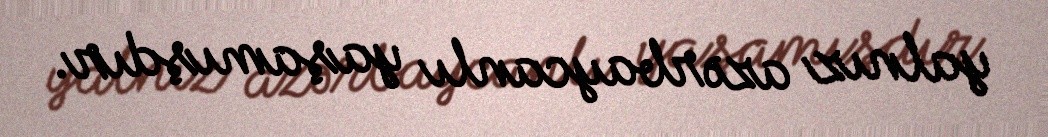
yalnız azərbaycanlı yaşamışdır.